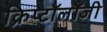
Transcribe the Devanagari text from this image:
क्रिप्टॉलॉजी